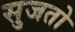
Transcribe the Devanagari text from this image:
सुजतो